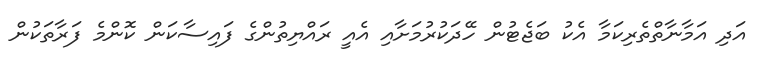
އަދި އަމާނާތްތެރިކަމާ އެކު ބަޖެޓުން ހޭދަކުރުމަށާއި އެއީ ރައްޔިތުންގެ ފައިސާކަން ކޮންމެ ފަރާތަކުން